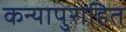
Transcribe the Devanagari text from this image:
कन्यापुरोहित